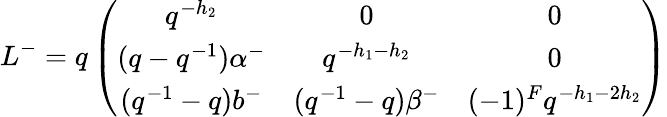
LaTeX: L^{-}=q\left(\begin{array}{ccc}{{q^{-h_{2}}}}&{{0}}&{{0}}\\ {{(q-q^{-1})\alpha^{-}}}&{{q^{-h_{1}-h_{2}}}}&{{0}}\\ {{(q^{-1}-q)b^{-}}}&{{(q^{-1}-q)\beta^{-}}}&{{(-1)^{F}q^{-h_{1}-2h_{2}}}}\end{array}\right)